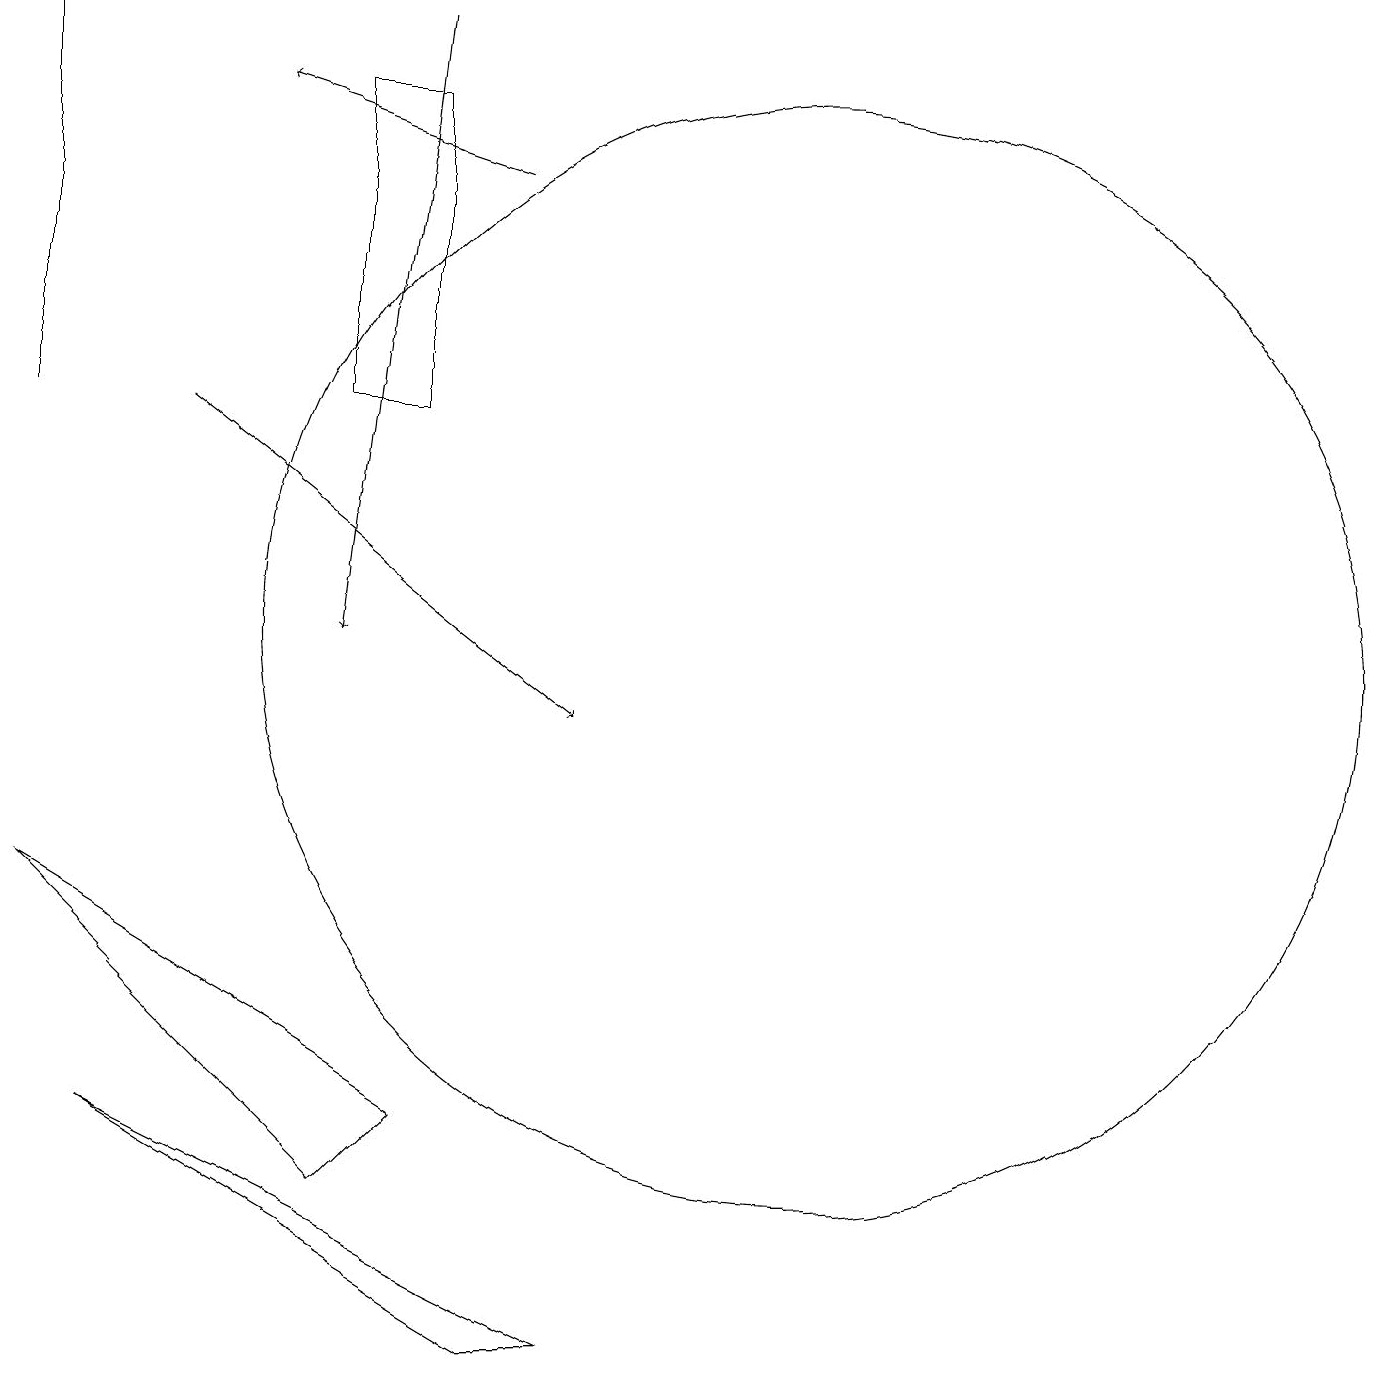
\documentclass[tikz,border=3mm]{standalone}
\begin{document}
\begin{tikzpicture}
\draw (10,11) circle (7);
\draw (6,2) -- (1,5) -- (7,2) -- cycle;
\draw[->] (5,19) -- (4,11);
\draw[->] (6,17) -- (3,18);
\draw (4,14) rectangle (5,18);
\draw[->] (2,14) -- (7,10);
\draw[->] (0,14) -- (0,19);
\draw (5,5) -- (4,4) -- (0,8) -- cycle;
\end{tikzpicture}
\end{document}